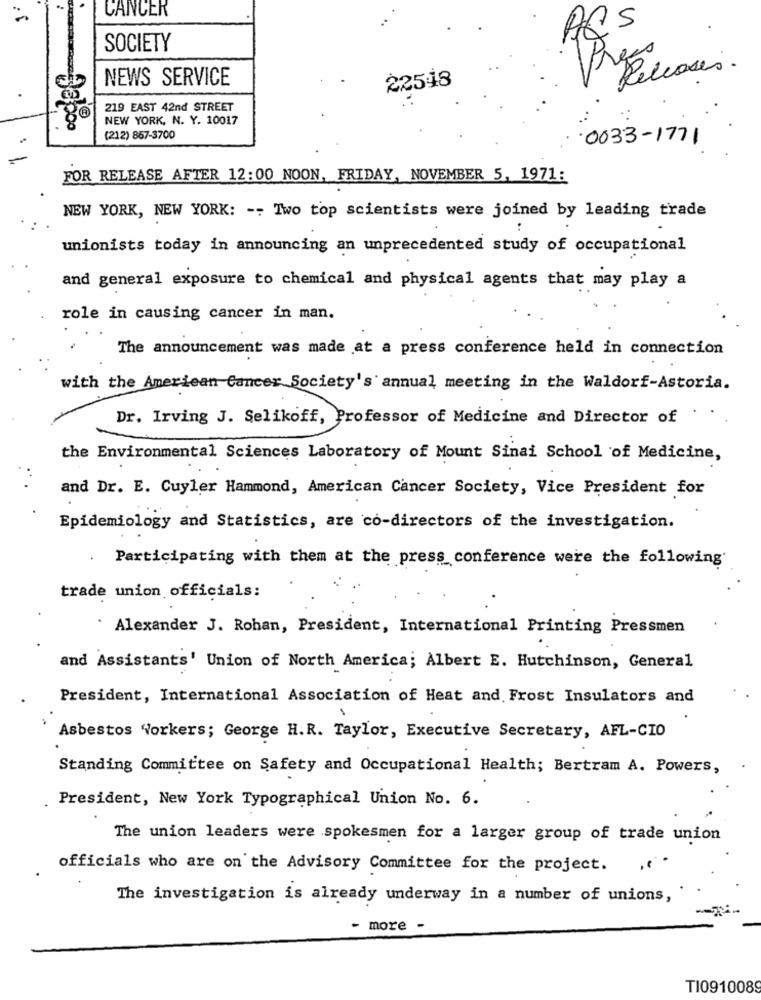
CANCER
ARS
SOCIETY
Pres
Releases.
NEWS SERVICE
22548
219 EAST 42nd STREET
NEW YORK, N. Y. 10017
(212) 857-3700
.0033-1771
FOR RELEASE AFTER 12:00 NOON, FRIDAY, NOVEMBER 5, 1971:
NEW YORK, NEW YORK: -- Two top scientists were joined by leading trade
unionists today in announcing an unprecedented study of occupational
and general exposure to chemical and physical agents that may play a
role in causing cancer in man.
The announcement was made at a press conference held in connection
with the American Cancer Society's annual meeting in the Waldorf-Astoria.
Dr. Irving J. Selikoff, Professor of Medicine and Director of
..
the Environmental Sciences Laboratory of Mount Sinai School of Medicine,
and Dr. E. Cuyler Hammond, American Cancer Society, Vice President for
Epidemiology and Statistics, are co-directors of the investigation.
Participating with them at the press conference were the following
trade union officials:
. Alexander J. Rohan, President, International Printing Pressmen
and Assistants' Union of North America; Albert E. Hutchinson, General
President, International Association of Heat and Frost Insulators and
Asbestos Workers; George H.R. Taylor, Executive Secretary, AFL-CIO
Standing Committee on Safety and Occupational Health; Bertram A. Powers,
President, New York Typographical Union No. 6.
The union leaders were spokesmen for a larger group of trade union
officials who are on the Advisory Committee for the project.
The investigation is already underway in a number of unions,
- more -
T10910089